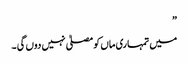
”
میں تمہاری ماں کو مصلیٰ نہیں دوں گی ۔